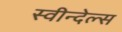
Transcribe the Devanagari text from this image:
स्वीन्देल्स